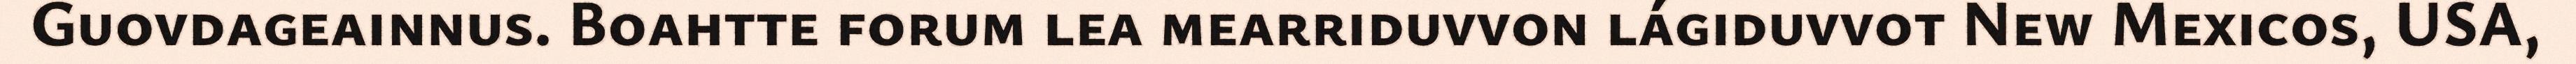
Guovdageainnus. Boahtte forum lea mearriduvvon lágiduvvot New Mexicos, USA,